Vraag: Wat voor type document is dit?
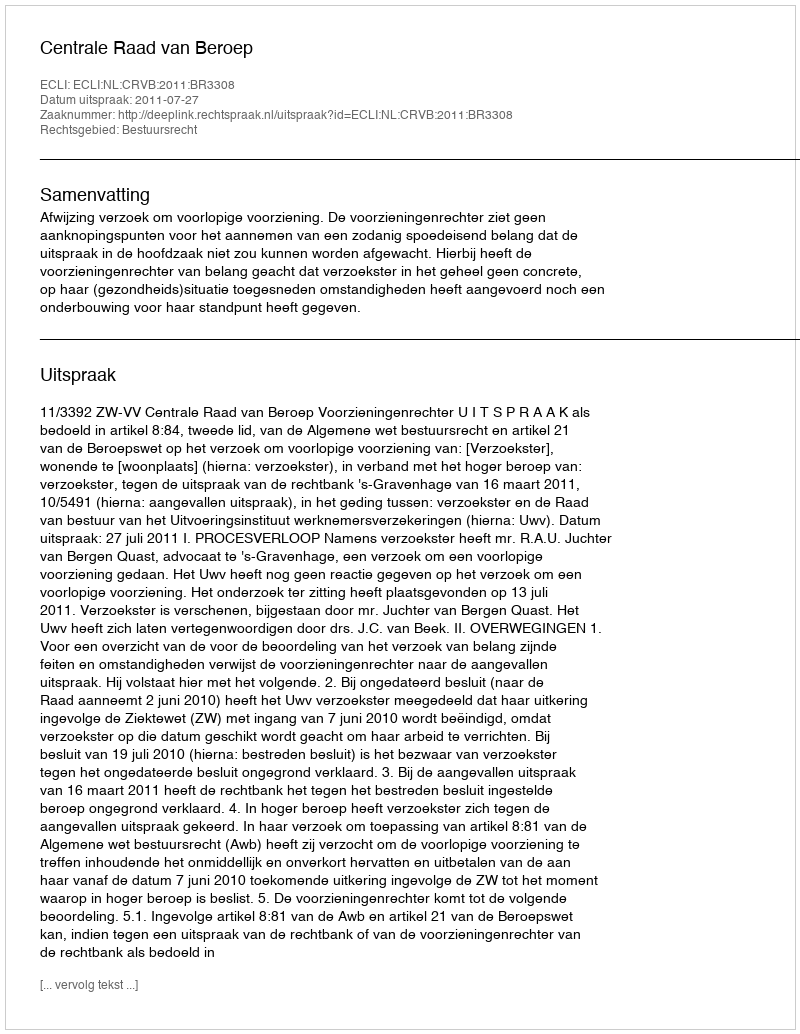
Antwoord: Uitspraak